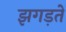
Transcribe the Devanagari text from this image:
झगड़तें